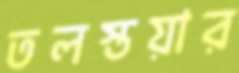
তলস্তয়ার